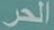
الحر